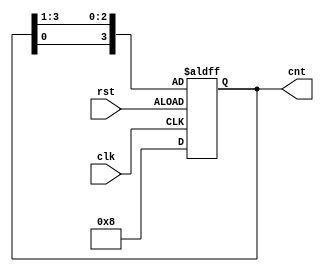
module ring(input clk,rst,output reg [3:0]cnt);
  integer i;
  always @(posedge clk or posedge rst)begin
    if(!rst)
      cnt<=4'b1000;
    else begin
      cnt[3]<=cnt[0];
      for(i=0;i<3;i=i+1)begin
      cnt[i]<=cnt[i+1];
    end
    end
      
  end
endmodule


module tb;
  reg clk,rst;
  wire [3:0]cnt;
  ring dut(clk,rst,cnt);
  always #5 clk = ~clk;
  initial begin
    clk=0;rst=0;
    #20 rst=1;
    #250 $finish();
  end
  initial
    $monitor($time,"clk=%b,rst=%b,cnt=%b",clk,rst,cnt);
endmodule